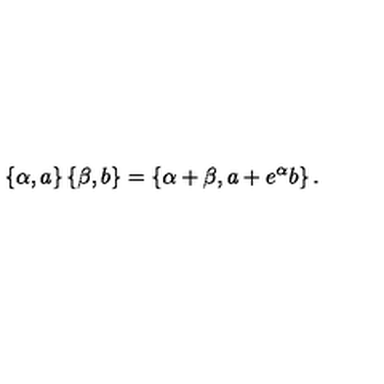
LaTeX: \left\{ \alpha , a \right\} \left\{ \beta , b \right\} = \left\{ \alpha + \beta , a + e ^ { \alpha } b \right\} .